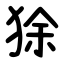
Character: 狳